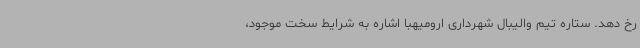
رخ دهد. ستاره تیم والیبال شهرداری ارومیهبا اشاره به شرایط سخت موجود،